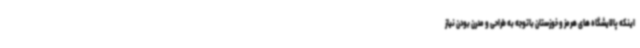
اینکه پالایشگاه های هرمز و خوزستان باتوجه به طراحی و مدرن بودن نیاز